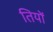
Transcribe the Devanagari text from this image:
तियों